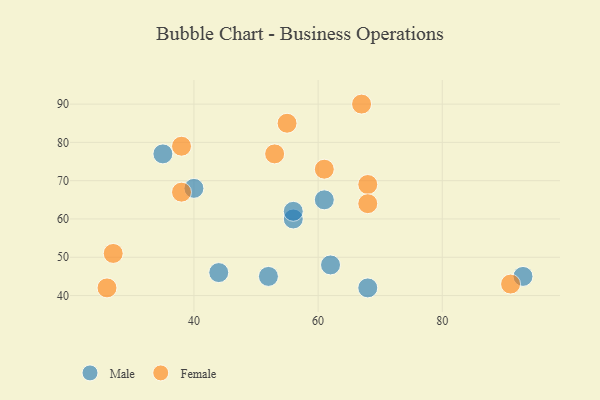
{"axis": {"x": "GDP", "y": "Life Expectancy"}, "legend": ["Female", "Male"], "data": [{"x": "61", "y": 65, "type": "Male"}, {"x": "93", "y": 45, "type": "Male"}, {"x": "62", "y": 48, "type": "Male"}, {"x": "68", "y": 42, "type": "Male"}, {"x": "44", "y": 46, "type": "Male"}, {"x": "56", "y": 60, "type": "Male"}, {"x": "40", "y": 68, "type": "Male"}, {"x": "56", "y": 62, "type": "Male"}, {"x": "52", "y": 45, "type": "Male"}, {"x": "35", "y": 77, "type": "Male"}, {"x": "55", "y": 85, "type": "Female"}, {"x": "67", "y": 90, "type": "Female"}, {"x": "53", "y": 77, "type": "Female"}, {"x": "61", "y": 73, "type": "Female"}, {"x": "38", "y": 67, "type": "Female"}, {"x": "26", "y": 42, "type": "Female"}, {"x": "68", "y": 69, "type": "Female"}, {"x": "68", "y": 64, "type": "Female"}, {"x": "38", "y": 79, "type": "Female"}, {"x": "27", "y": 51, "type": "Female"}, {"x": "91", "y": 43, "type": "Female"}]}